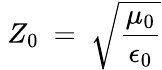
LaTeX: ~Z_{0}~=~{\sqrt{\frac{\mu_{0}}{\epsilon_{0}}}}